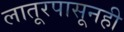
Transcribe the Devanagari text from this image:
लातूरपासूनही